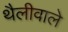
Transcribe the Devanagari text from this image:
थैलीवाले